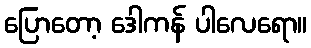
ပြောတော့ ဒေါကန် ပါလေရော။